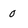
Character: 0